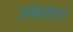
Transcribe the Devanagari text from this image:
अक्षवाट